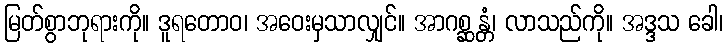
မြတ်စွာဘုရားကို။ ဒူရတောဝ၊ အဝေးမှသာလျှင်။ အာဂစ္ဆန္တံ၊ လာသည်ကို။ အဒ္ဒသ ခေါ၊